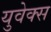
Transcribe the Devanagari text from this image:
युवेक्स